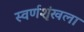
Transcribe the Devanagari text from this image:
स्वर्णशृंखला